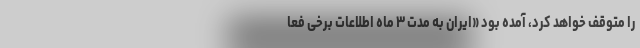
را متوقف خواهد کرد، آمده بود «ایران به مدت ۳ ماه اطلاعات برخی فعا